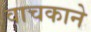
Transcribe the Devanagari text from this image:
वाचकाने